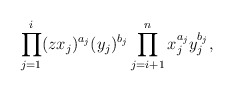
\begin{align*} \prod_{j=1}^i (zx_j)^{a_j}(y_j)^{b_j} \prod_{j=i+1}^n x_j^{a_j}y_j^{b_j},\end{align*}